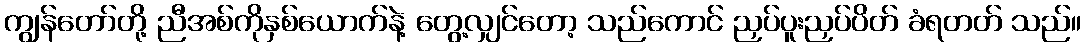
ကျွန်တော်တို့ ညီအစ်ကိုနှစ်ယောက်နဲ့ တွေ့လျှင်တော့ သည်ကောင် ညှပ်ပူးညှပ်ပိတ် ခံရတတ် သည်။